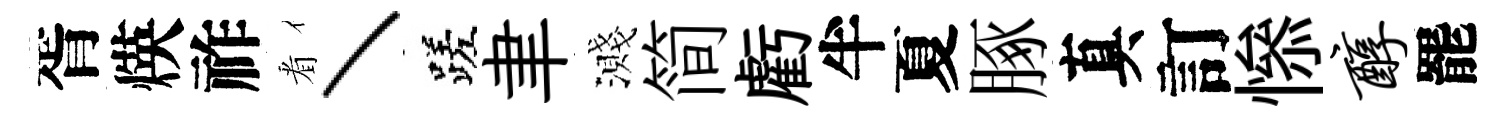
胥煐祚㸔丶蹉聿濺简虧半夏䐁真訂𢡖醇罷